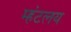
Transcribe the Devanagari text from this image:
म्हंटलय